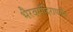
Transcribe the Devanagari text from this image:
भैरवमंदिरापर्यंत